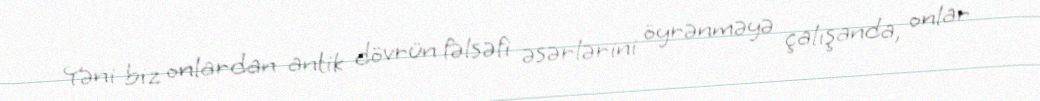
Yəni biz onlardan antik dövrün fəlsəfi əsərlərini öyrənməyə çalışanda, onlar